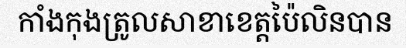
កាំងកុងត្រូលសាខាខេត្តប៉ៃលិនបាន